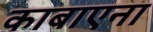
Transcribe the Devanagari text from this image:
काबाएना